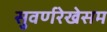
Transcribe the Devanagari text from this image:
सुवर्णरेखेसम